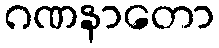
ဂဏနာတော